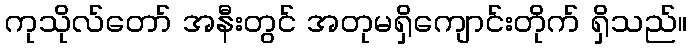
ကုသိုလ်တော် အနီးတွင် အတုမရှိကျောင်းတိုက် ရှိသည်။